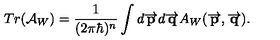
T r ( \mathcal { A } _ { W } ) = { \frac { 1 } { ( 2 \pi \hbar ) ^ { n } } } \int d \overrightarrow { { \bf p } } d \overrightarrow { { \bf q } } A _ { W } ( \overrightarrow { { \bf p } } , \overrightarrow { { \bf q } } ) .